Report of the Indian Hemp Drugs Commission, 1894-1895 - Volume I
Year: 1894
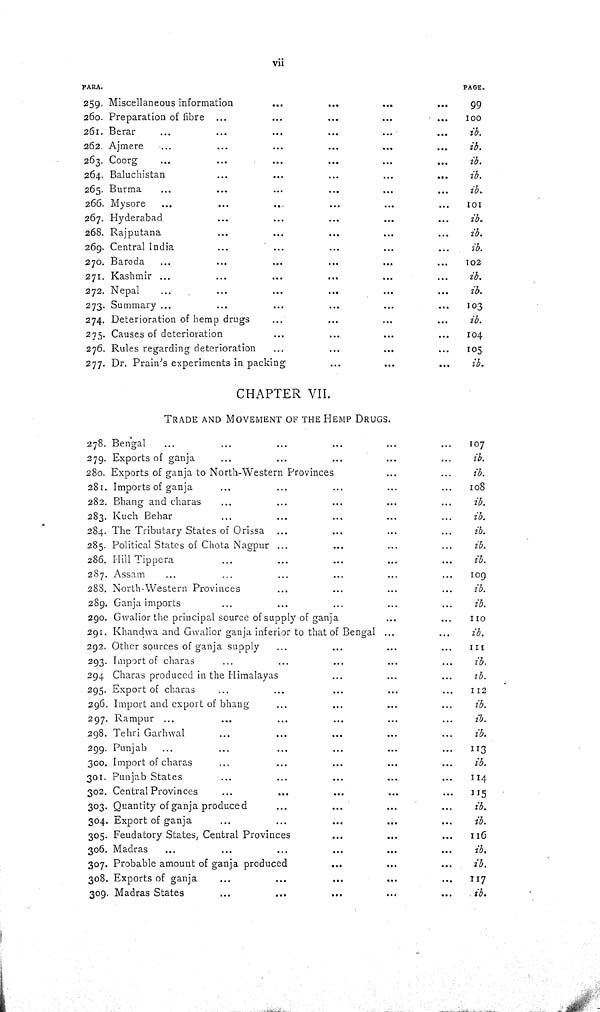
vii
PARA.
PAGE.
259. Miscellaneous information
99
260. Preparation of fibre
100
261. Berar
ib.
262. Ajmere
ib.
263. Coorg
ib.
264. Baluchistan
ib.
265. Burma
ib.
266. Mysore
101
267. Hyderabad
ib.
268. Rajputana
ib.
269. Central India
ib.
270. Baroda
102
271. Kashmir
ib.
272. Nepal
ib.
273. Summary
103
274. Deterioration of hemp drugs
ib.
275. Causes of deterioration
104
276. Rules regarding deterioration
105
277. Dr. Prain's experiments in packing
ib.
CHAPTER VII.
TRADE AND MOVEMENT OF THE HEMP DRUGS.
278. Bengal
107
279. Exports of ganja
ib.
280. Exports of ganja to North-Western Provinces
ib.
281. Imports of ganja
108
282. Bhang and charas
ib.
283. Kuch Behar
ib.
284. The Tributary States of Orissa
ib.
285. Political States of Chota Nagpur
ib.
286. Hill Tippera
ib.
287. Assam
109
288. North-Western Provinces
ib.
289. Ganja imports
ib.
290. Gwalior the principal source of supply of ganja
110
291. Khandwa and Gwalior ganja inferior to that of Bengal
ib.
292. Other sources of ganja supply
111
293. Import of charas
ib.
294 Charas produced in the Himalayas
ib.
295. Export of charas
112
296. Import and export of bhang
ib.
297. Rampur
ib.
298. Tehri Garhwal
ib.
299. Punjab
113
300. Import of charas
ib.
301. Punjab States
114
302. Central Provinces
115
303. Quantity of ganja produced
ib.
304. Export of ganja
ib.
305. Feudatory States, Central Provinces
116
306. Madras
ib.
307. Probable amount of ganja produced
ib.
308. Exports of ganja
117
309. Madras States
ib.